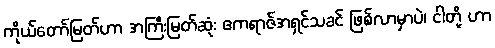
ကိုယ်တော်မြတ်ဟာ အကြီးမြတ်ဆုံး ဧကရာဇ်အရှင်သခင် ဖြစ်လာမှာပဲ၊ ငါတို့ ဟာ